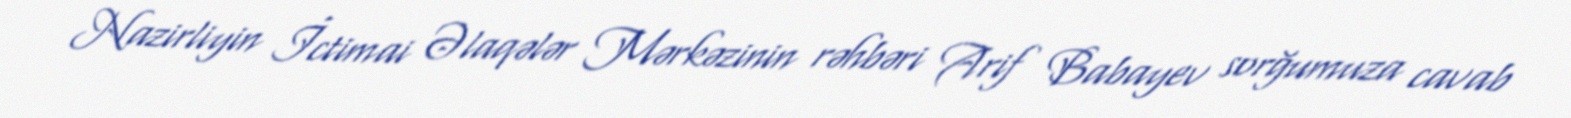
Nazirliyin İctimai Əlaqələr Mərkəzinin rəhbəri Arif Babayev sorğumuza cavab